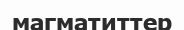
магматиттер